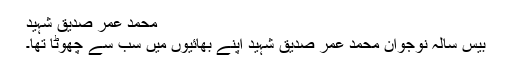
محمد عمر صدیق شہید
بیس سالہ نوجوان محمد عمر صدیق شہید اپنے بھائیوں میں سب سے چھوٹا تھا۔